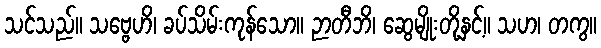
သင်သည်။ သဗ္ဗေဟိ၊ ခပ်သိမ်းကုန်သော။ ဉာတီဘိ၊ ဆွေမျိုးတို့နှင့်။ သဟ၊ တကွ။